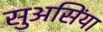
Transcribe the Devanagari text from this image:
सुअसिंया